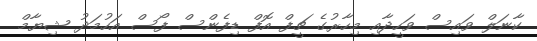
ކާނަލް ވައިސް ވަހީދާއި މިހާރުގެ ޗީފް އޮފް ޑިފެންސް ފޯސް އަހުމަދު ޝިޔާމް